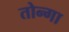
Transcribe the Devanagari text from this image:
तोन्गा